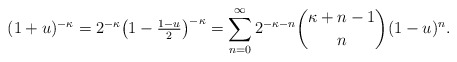
\begin{align*}(1+u)^{-\kappa}&=2^{-\kappa}\bigl(1-\tfrac{1-u}2\bigr)^{-\kappa}=\sum_{n=0}^\infty2^{-\kappa-n}{{\kappa+n-1}\choose{n}}(1-u)^n.\end{align*}